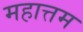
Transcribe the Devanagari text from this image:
महात्तम